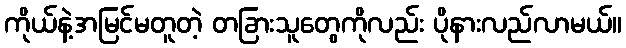
ကိုယ်နဲ့အမြင်မတူတဲ့ တခြားသူတွေကိုလည်း ပိုနားလည်လာမယ်။